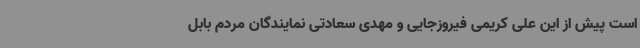
است پیش از این علی کریمی فیروزجایی و مهدی سعادتی نمایندگان مردم بابل